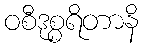
ဝစီဒုစ္စရိတာနိ